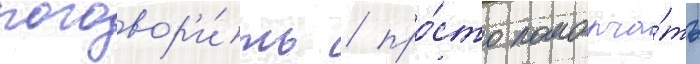
поговор'и́ть / про́сто помолча́ть